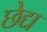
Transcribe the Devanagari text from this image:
छेद्य